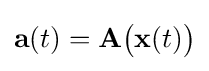
\mathbf {a} (t)=\mathbf {A} {\bigl (}\mathbf {x} (t){\bigr )}